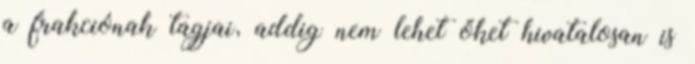
a frakciónak tagjai, addig nem lehet őket hivatalosan is